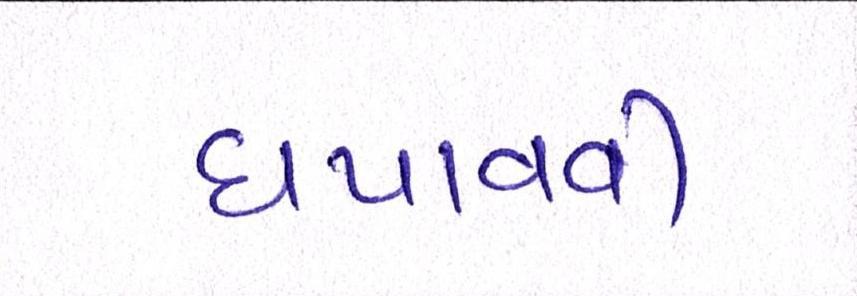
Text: ધપાવવી